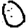
Digit: 0